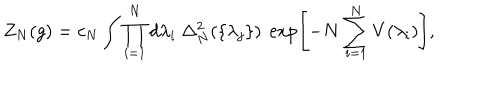
LaTeX: Z _ { N } ( g ) = c _ { N } \int \prod _ { i = 1 } ^ { N } d \lambda _ { i } \ \Delta _ { N } ^ { 2 } ( \{ \lambda _ { j } \} ) \ \exp \left[ - N \sum _ { i = 1 } ^ { N } V ( \lambda _ { i } ) \right] ,